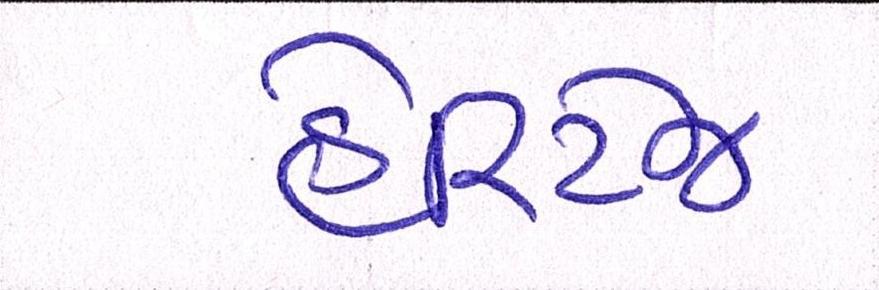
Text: હેરિટેજ